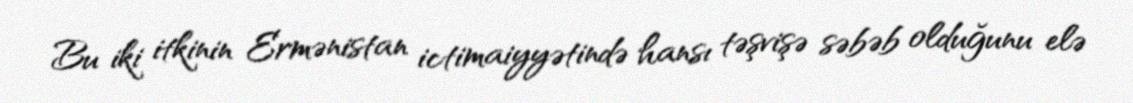
Bu iki itkinin Ermənistan ictimaiyyətində hansı təşvişə səbəb olduğunu elə